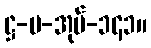
ဋ္ဌ-ပ-အုပ်-၁၄၁။